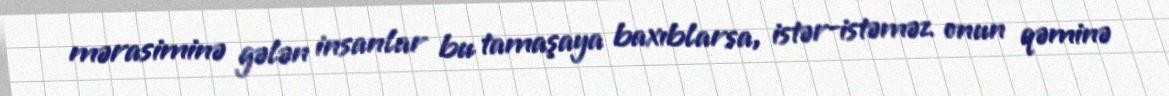
mərasiminə gələn insanlar bu tamaşaya baxıblarsa, istər-istəməz onun qəminə